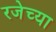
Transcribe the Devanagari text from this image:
रजेच्या